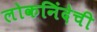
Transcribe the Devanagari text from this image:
लोकनिंदेची